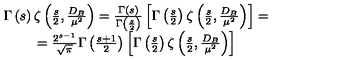
\begin{array} { c } { \Gamma \left( s \right) \zeta \left( \frac s 2 , \frac { D _ { B } } { \mu ^ { 2 } } \right) = \frac { \Gamma \left( s \right) } { \Gamma \left( \frac s 2 \right) } \left[ \Gamma \left( \frac s 2 \right) \zeta \left( \frac s 2 , \frac { D _ { B } } { \mu ^ { 2 } } \right) \right] = } \\ { = \frac { 2 ^ { s - 1 } } { \sqrt { \pi } } \Gamma \left( \frac { s + 1 } 2 \right) \left[ \Gamma \left( \frac s 2 \right) \zeta \left( \frac s 2 , \frac { D _ { B } } { \mu ^ { 2 } } \right) \right] } \\ \end{array}